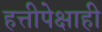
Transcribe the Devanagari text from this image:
हत्तीपेक्षाही